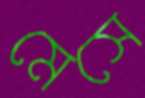
মেসে